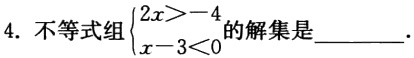
4. 不等式组\(\begin{cases}2x>-4 \\

x - 3<0\end{cases}\)的解集是________.